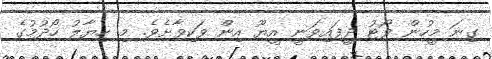
ގިނަ މީހުން ވޯޓު ދީފައިވަނީ އީޔޫ އިން ވަކިވާށެވެ. މި ހިޔާލު ހޯދުމުގެ